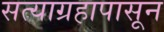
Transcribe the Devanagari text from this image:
सत्याग्रहापासून